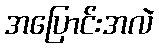
အပြောင်းအလဲ